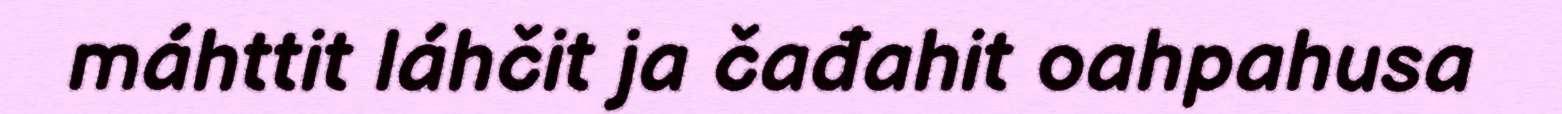
máhttit láhčit ja čađahit oahpahusa